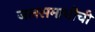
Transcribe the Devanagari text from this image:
जलसमाधीची